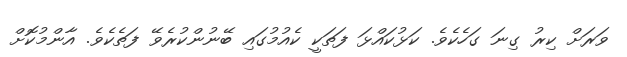
ވަރަށް ކިރު ގިނަ ގަހެކެވެ. ކަޅުކައްޅަ ފަތަކީ ކެއުމުގައި ބޭނުންކުރެވޭ ފަތެކެވެ. އާންމުކޮށް